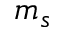
m _ { s }